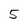
Character: 5